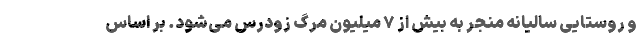
و روستایی سالیانه منجر به بیش از ۷ میلیون مرگ زودرس می‌شود. بر اساس